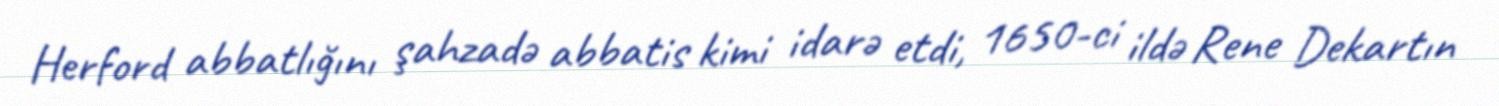
Herford abbatlığını şahzadə abbatis kimi idarə etdi, 1650-ci ildə Rene Dekartın